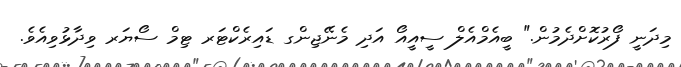
މިދަނީ ފޯރުކޮށްދެމުން." ބީއެމްއެލް ސީއީއޯ އަދި މެނޭޖިންގ ޑައިރެކްޓަރ ޓިމް ސޯޔަރ ވިދާޅުވިއެވެ.